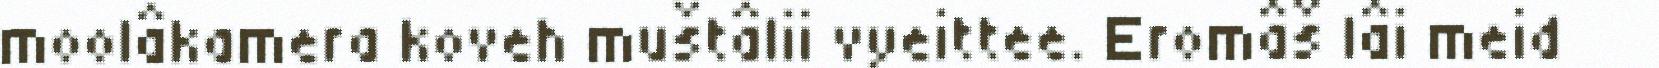
moolâkamera koveh muštâlii vyeittee. Eromâš lâi meid